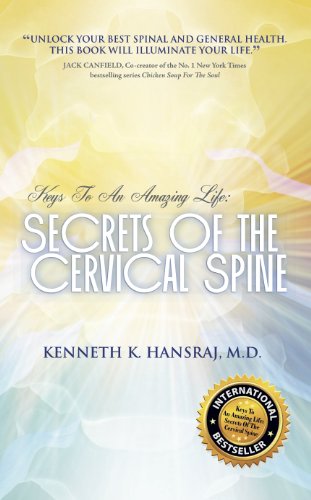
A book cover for Keys to an Amazing Life: Secrets of the Cervical Spine; Kenneth K. Hansraj; Cookbooks, Food & Wine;